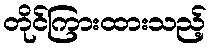
တိုင်ကြားထားသည့်